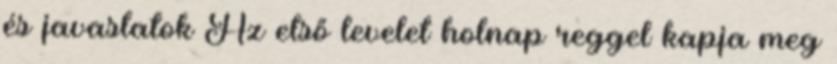
és javaslatok Az első levelet holnap reggel kapja meg